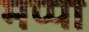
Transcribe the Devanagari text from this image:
मप्पा